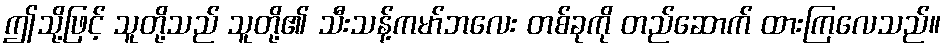
ဤသို့ဖြင့် သူတို့သည် သူတို့၏ သီးသန့်ကမာ်ဘလေး တစ်ခုကို တည်ဆောက် ထားကြလေသည်။